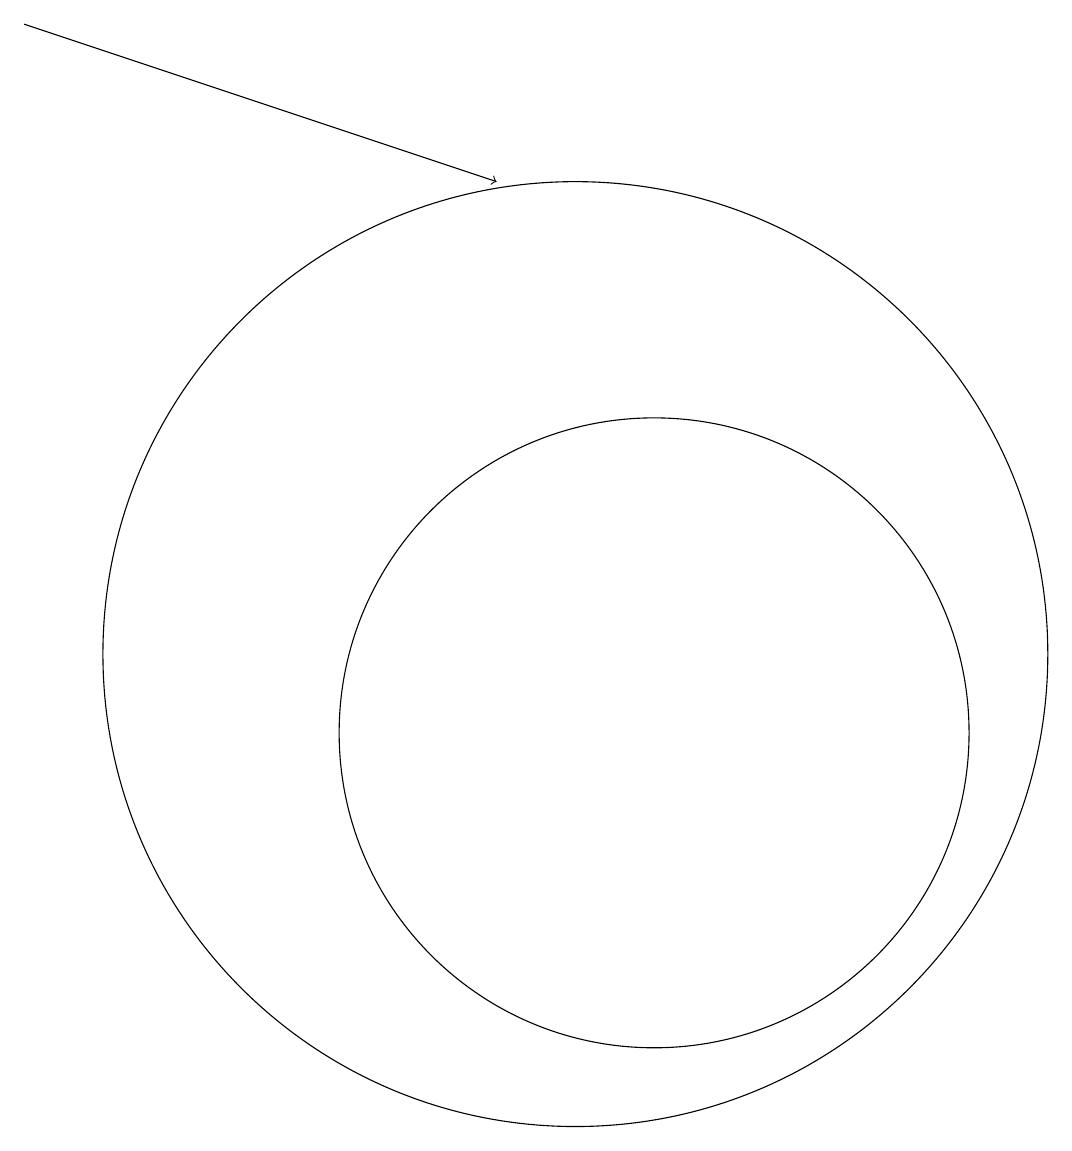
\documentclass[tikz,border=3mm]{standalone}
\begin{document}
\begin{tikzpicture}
\draw (10,11) circle (6);
\draw (11,10) circle (4);
\draw[->] (3,19) -- (9,17);
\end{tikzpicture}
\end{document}